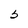
Character: 5